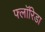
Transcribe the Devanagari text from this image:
फ्लाॅरिडा